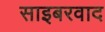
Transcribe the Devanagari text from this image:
साइबरवाद